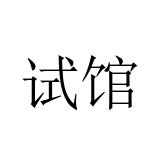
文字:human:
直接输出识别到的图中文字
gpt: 试馆